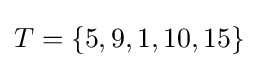
T=\lbrace 5,9,1,10,15\rbrace